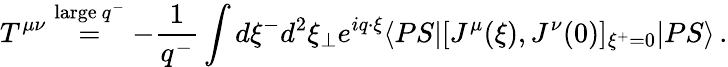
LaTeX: T^{\mu\nu}\stackrel{\mathrm{large}~q^{-}}{=}-{\frac{1}{q^{-}}}\int d\xi^{-}d^{2}\xi_{\bot}e^{iq\cdot\xi}\langle PS|[J^{\mu}(\xi),J^{\nu}(0)]_{\xi^{+}=0}|PS\rangle\, .